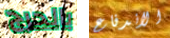
بالحرج الاندفاع